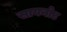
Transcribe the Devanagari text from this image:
सायनोट